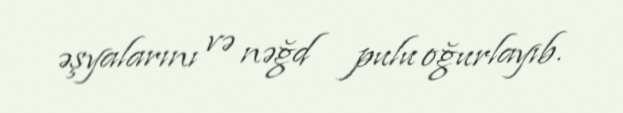
əşyalarını və nəğd pulu oğurlayıb.